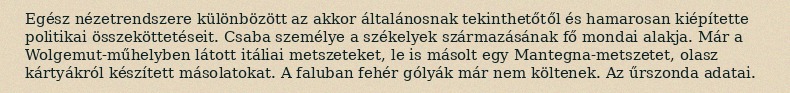
Egész nézetrendszere különbözött az akkor általánosnak tekinthetőtől és hamarosan kiépítette politikai összeköttetéseit. Csaba személye a székelyek származásának fő mondai alakja. Már a Wolgemut-műhelyben látott itáliai metszeteket, le is másolt egy Mantegna-metszetet, olasz kártyákról készített másolatokat. A faluban fehér gólyák már nem költenek. Az űrszonda adatai.